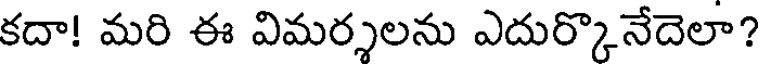
కదా! మరి ఈ విమర్శలను ఎదుర్కొనేదెలా?